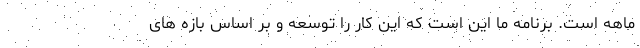
ماهه است. برنامه ما این است که این کار را توسعه و بر اساس بازه های